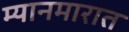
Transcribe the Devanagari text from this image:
म्यानमारात